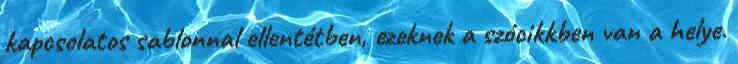
kapcsolatos sablonnal ellentétben, ezeknek a szócikkben van a helye.